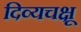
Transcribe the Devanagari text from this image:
दिव्यचक्षू